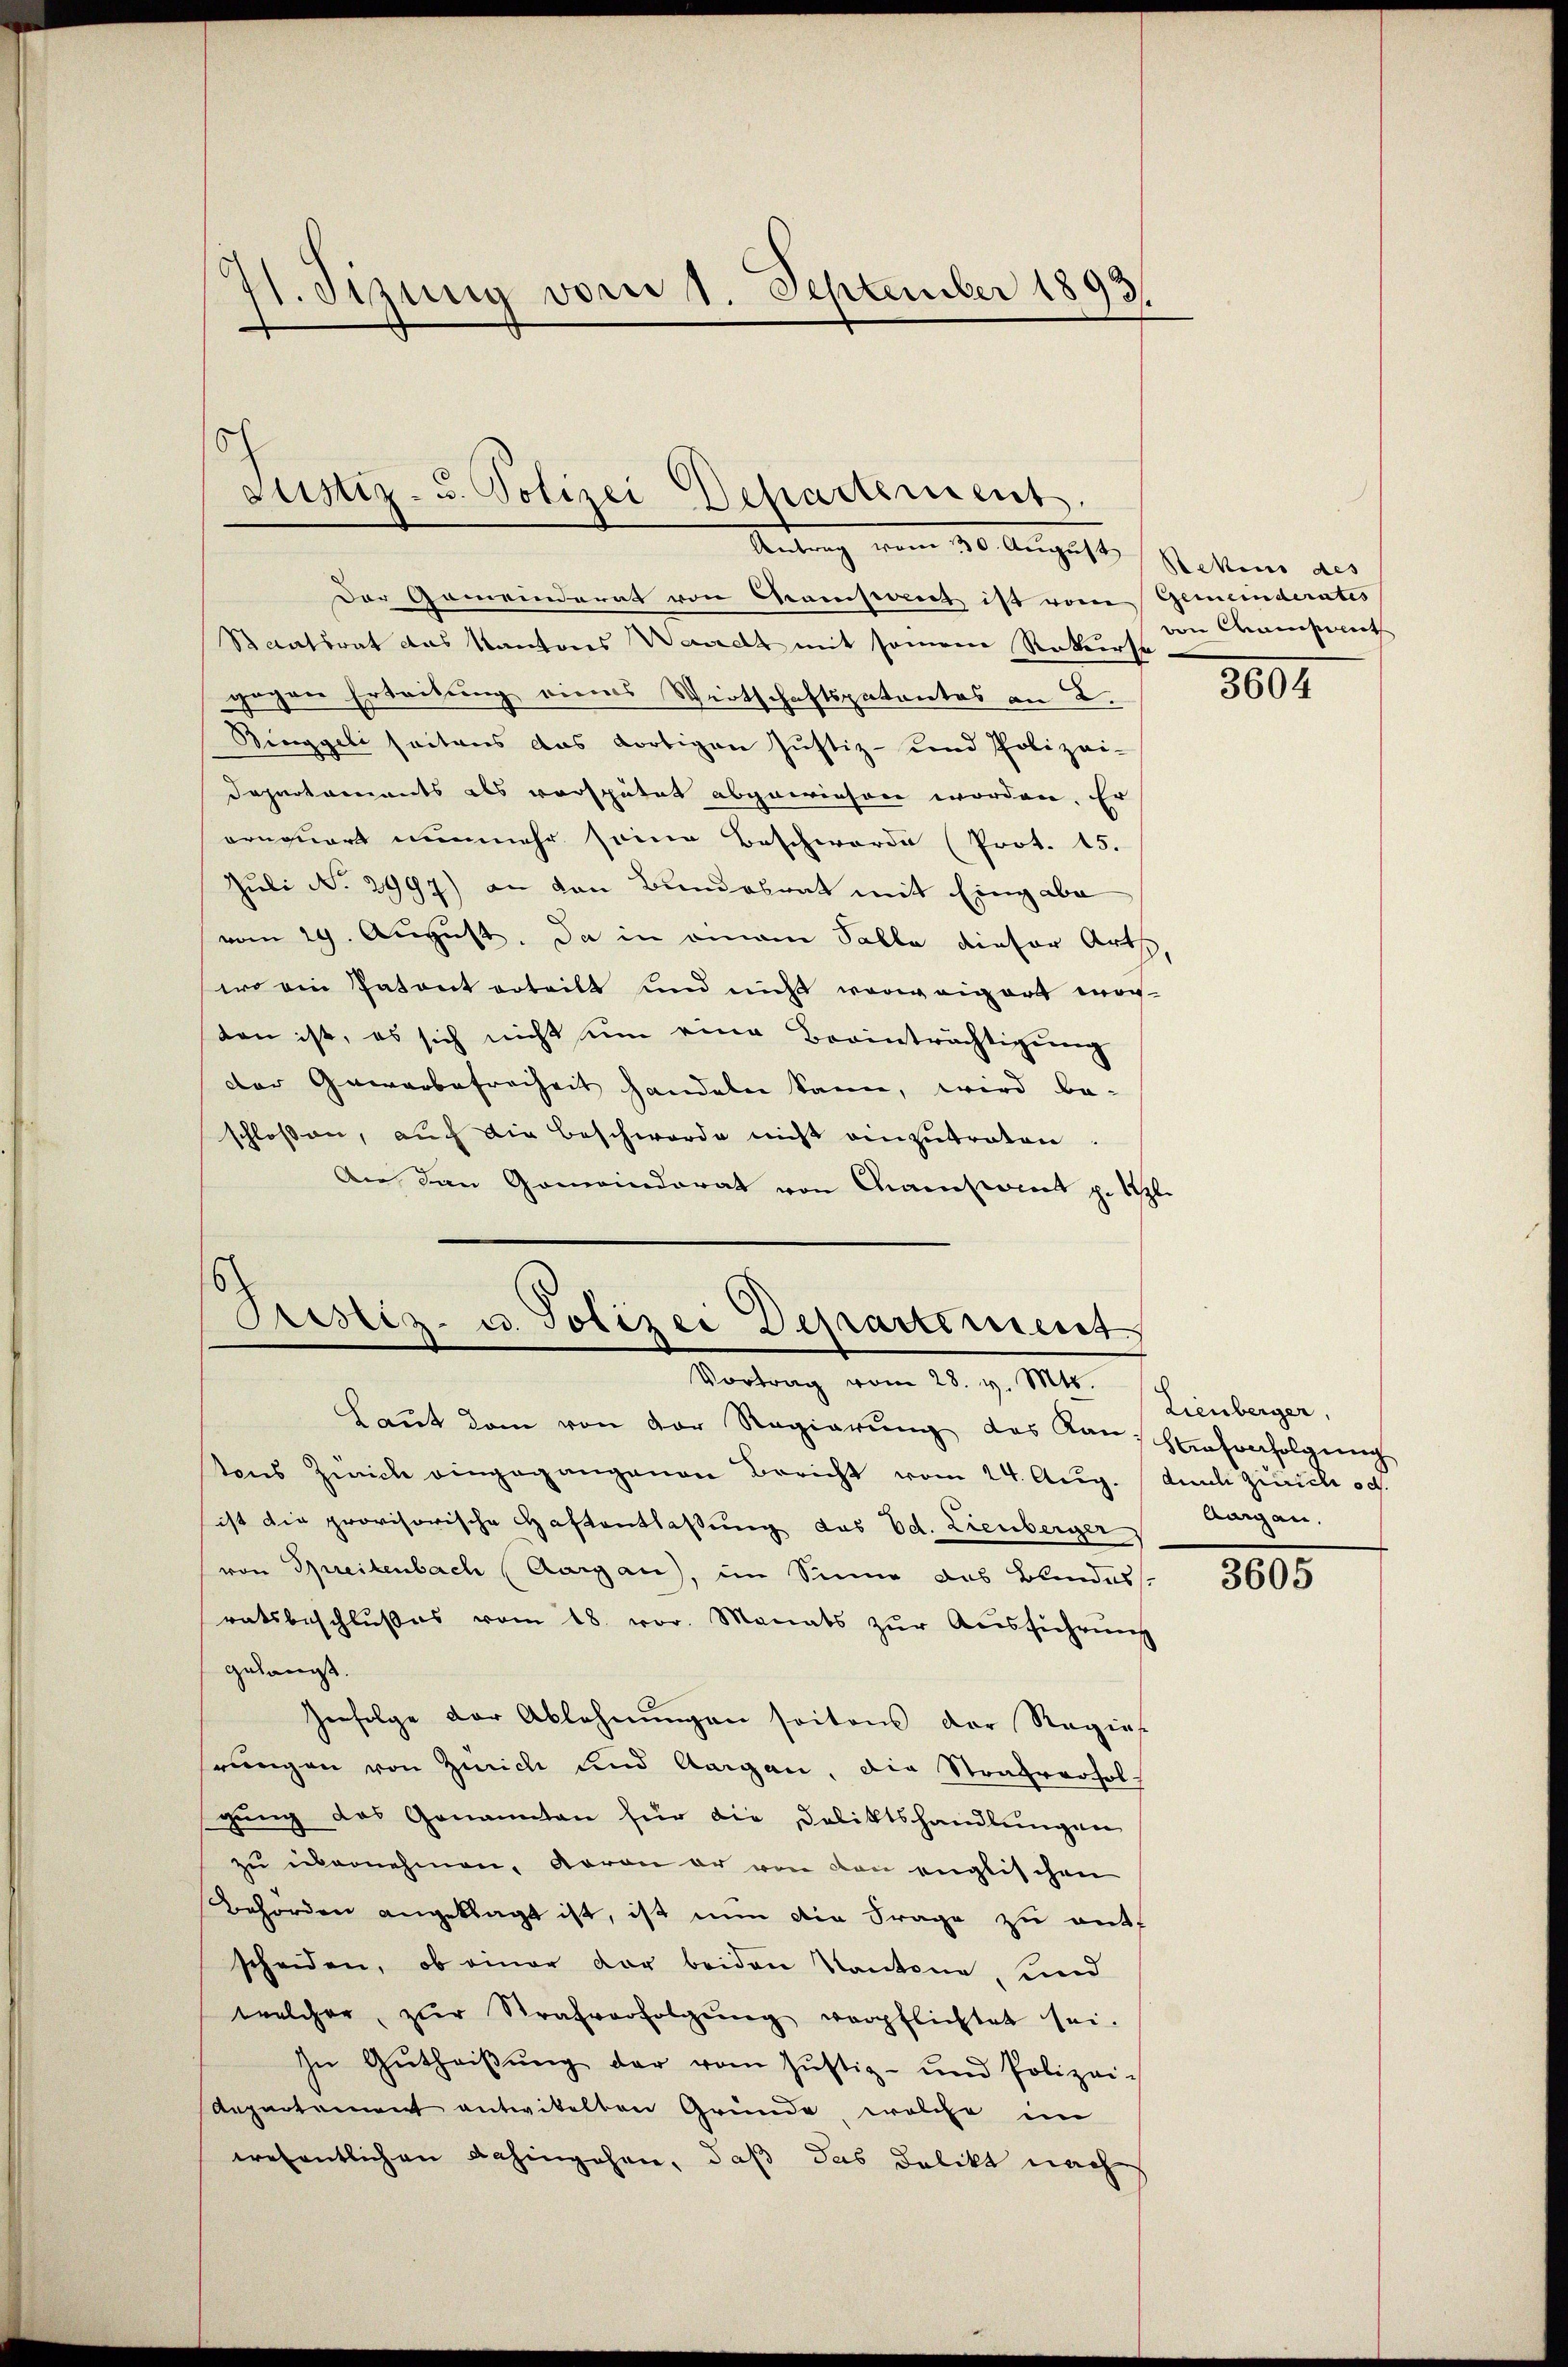
71. Sizung vom 1. September 1893.

o
Justiz- u. Polizei Departement.
Antrag vom 20. August stetten aus |

Der Gemeinderat von Transtant ist vom Gemeinderates
Staatsrat das Kantons Waadt mit seinem Rekurse
gegen Erleitung eines Wirtschaftspatentes an 2.
Ringgeli seitens das dortigen Justiz- und Polizei-
Departaments als verspätet abgewiesen worden. Er
ornquart nunmehr seine Beschwerde (Prot. 15.
Juli No 2997) an den Bundesrat mit Eingabe
vom 29. August. Da in einem Falle dieser Arth
wo ein Patent erteilt und nicht vorweigert worten ist, es sich nicht ein eine Beeinträchtigung
der Gewerbefreiheit handeln kann, wird be-
schlossen, auch die Beschwerde nicht einzutreten.
An den Gemeindorat von Mainsont p. Szl

Prustiz- u. Polizei Departement
Vortrag vom 28. v. Mts.

Laŭt dem von der Regierŭng des Kan Hasenfolgŭng
tons Zürich eingegangenen Bericht vom 24. Aug. durch Zürich od.
ist die provisorische Haftentlaßung das Ed. Lienberger
von Spreitenbach (Aargau), im Sinne das Blindess
ratsbeschlußes vom 18. vor. Monats zur Ausfiehrung
gelangt.
Herfolge der Ablehnungen seitens der Regies
hrungen von Zürich und Aargau, die Strafverholgung das Genannten für die Deliktshandlungen
zu übernehmen, davon er von von englischen
Behörden angeklagt ist, ist nun die Frage zu entf
scheiden, ob einer der beiden Kantone, und
welcher zŭr Strafverfolgŭng verpflichtet sei.
In Gŭtheiβŭng der vom Jŭstiz- und Polizei-
Aepartement entwikelten Gründe, welche im
wesentlichen dahingehen, daß das Delikt nach

von Chaisant

3000

Lienberger,
Aargau,

3605